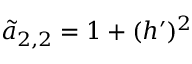
\tilde { a } _ { 2 , 2 } = 1 + ( h ^ { \prime } ) ^ { 2 }